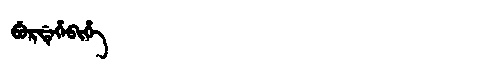
Manchu: ᠪᡠᡵᡩᡝᡥᡝᠪᡳᡥᡝ
Romanization: BURDEHEBIHE